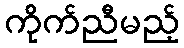
ကိုက်ညီမည့်